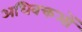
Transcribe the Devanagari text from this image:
अधिवक्तओं